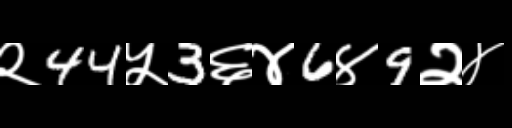
Text: २44५3६४6४9२४